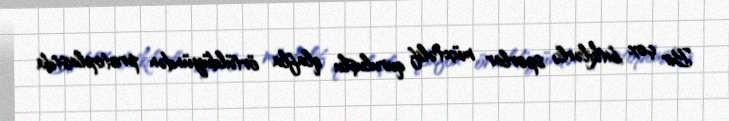
Bir çox bitkilərlə sporlar müxtəlif quruluşlu qlafla örtüldüyündən protoplastda